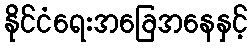
နိုင်ငံရေးအခြေအနေနှင့်